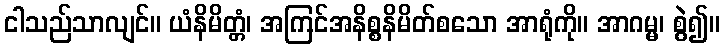
ငါသည်သာလျင်။ ယံနိမိတ္တံ၊ အကြင်အနိစ္စနိမိတ်စသော အာရုံကို။ အာဂမ္မ၊ စွဲ၍။